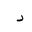
Letter: _dal